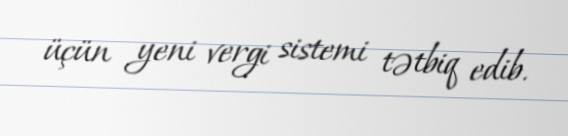
üçün yeni vergi sistemi tətbiq edib.